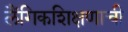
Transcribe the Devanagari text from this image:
लैंगिकशिक्षणाची